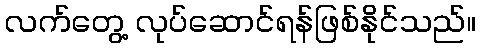
လက်တွေ့ လုပ်ဆောင်ရန်ဖြစ်နိုင်သည်။